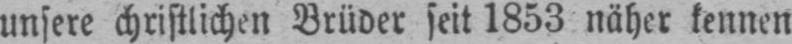
unsere christlichen Brüder seit 1853 näher kennen